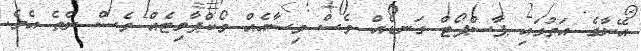
އޭނާގެ އަތުގައި ޕާސްޕޯޓް ގަނޑެއް ވެސް ވިސާއެއް ވޯކްޕާމިޓެއް ވެސް ނެތެ އެވެ.